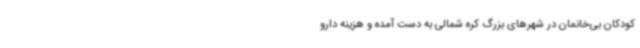
کودکان بی‌خانمان در شهرهای بزرگ کره شمالی به دست آمده و هزینه دارو